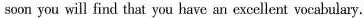
soon you will find that you have an excellent vocabulary.